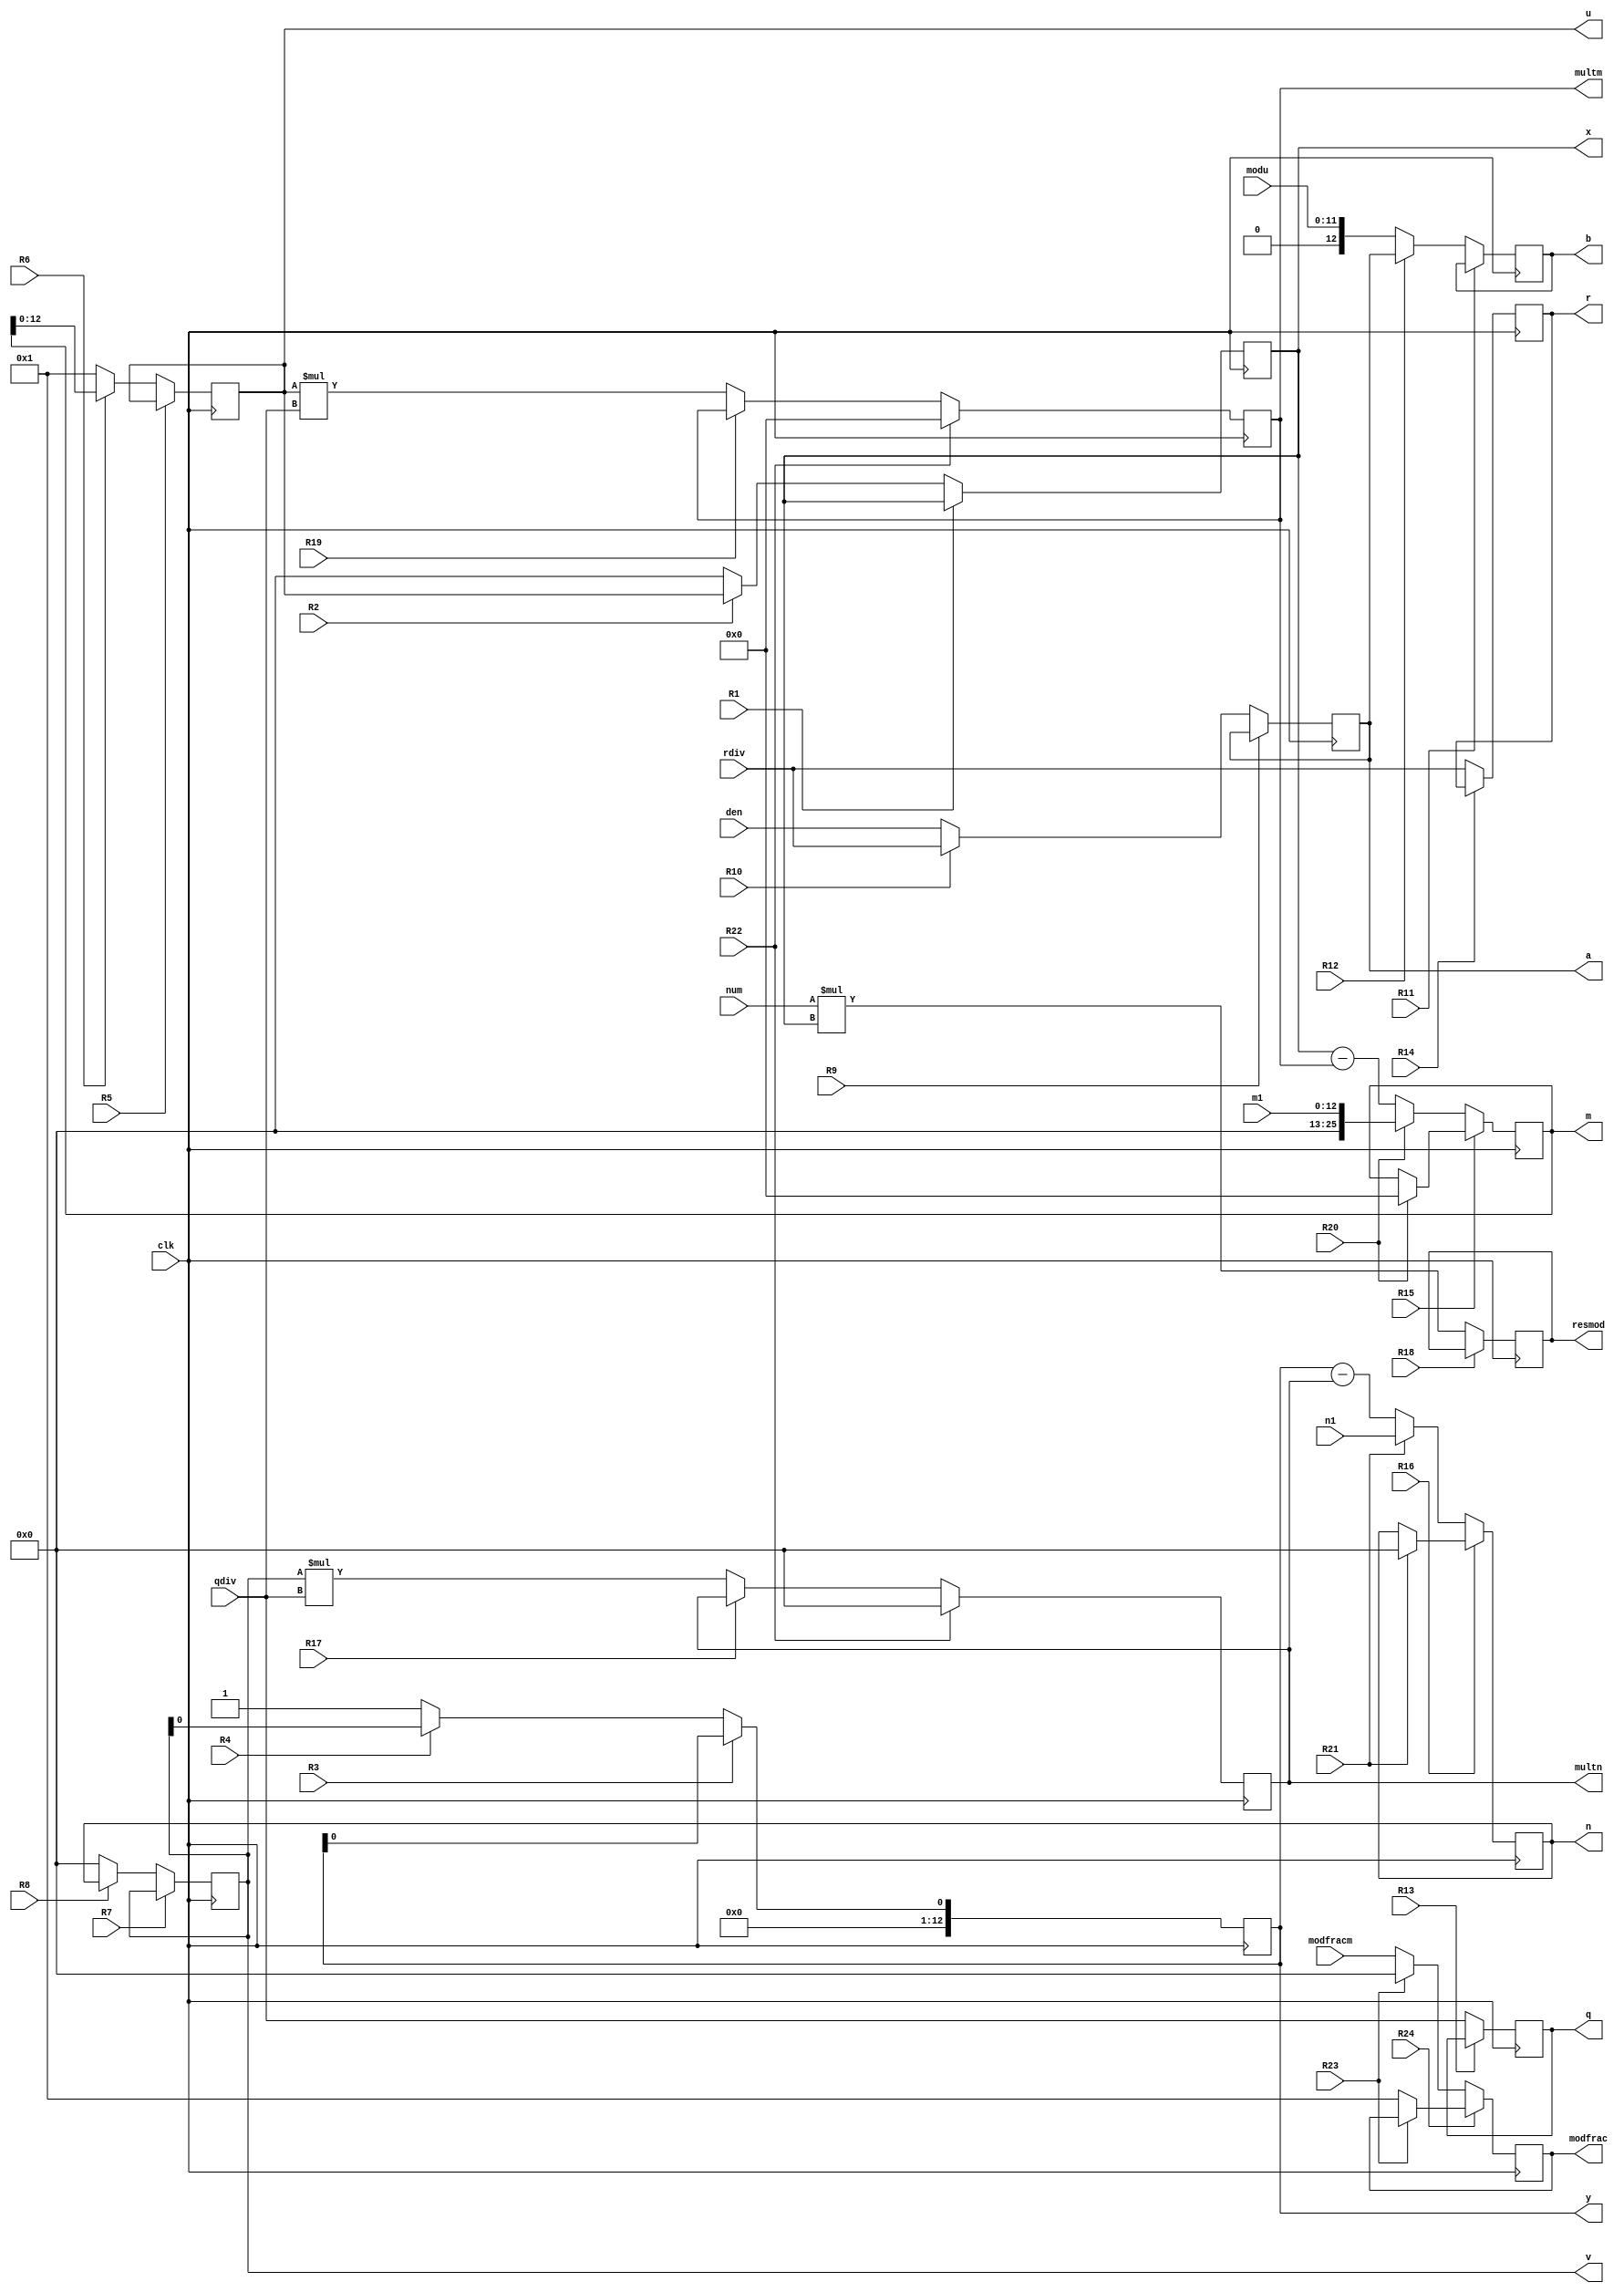
module Fracmod_DP(
    input clk,
    input [12:0] qdiv,
    input [12:0] rdiv,
    input [11:0] modu,
    input [12:0] num,
    input [12:0] den,
    input [12:0]modfracm,
    input [12:0] m1, n1,
    output reg [12:0]a,
    output reg [12:0]b,
    output reg [12:0]x,
    output reg [12:0]y,
    output reg [12:0]u,
    output reg [12:0]v,
    output reg [25:0]m,multm, 
    output reg [12:0]modfrac,
    output reg [12:0]n, multn,
    output reg [25:0]resmod,
    output reg [12:0]q,
    output reg [12:0]r,
    input R1, R2,R3, R4, R5, R6,R7, R8,R9, R10,R11, R12,R13, R14, R15, R16,R17, R18,R19, R20, R21,R22, R23, R24   
    );
    
    wire [12:0] nextv,nety;
    wire [12:0] nextu,nextx;
    wire [25:0] nextm, nextmultm;
    wire [12:0] nextn, nextmultn, nextmodfrac;
    wire [12:0] nextq, nextr;
    wire [12:0] nexta, nextb;
    wire [25:0] nextresmod;
    
    // Registro M
    always @(posedge clk)
        v <= nextv;
    // Parte combinacional de M
    assign nextv = R7 ? (R8? (v):(v)) : (R8? (n)  : (0));
    
    always @(posedge clk)
        multn <= nextmultn;
    // Parte combinacional de M
    assign nextmultn = R22 ? 0:R17 ? multn:(v*qdiv);
    
    always @(posedge clk)
        multm <= nextmultm;
    // Parte combinacional de M
    assign nextmultm = R22 ? 0: R19 ? (multm)  : (u*qdiv);
    
    always @(posedge clk)
        modfrac <= nextmodfrac;
    // Parte combinacional de M
    assign nextmodfrac = R24 ? R23 ? modfrac:13'd1:R23 ?  0:modfracm;
    
    always @(posedge clk)
        x <= nextx;
    // Parte combinacional de M
    assign nextx = R1 ? (R2 ? (x):(x)):(R2? (u):(0));
    
    always @(posedge clk)
        y <= nexty;
    // Parte combinacional de M
    assign nexty = R3 ? R4? (y) : (y) : R4? (v)  : (1);
    
    always @(posedge clk)
        n <= nextn;
    // Parte combinacional de M
    assign nextn = R16 ? R21? (0): (n) : R21? (n1)  : (y-(multn));
    
    always @(posedge clk)
        u <= nextu;
    // Parte combinacional de M
    assign nextu = R5 ? R6? (u): (u) : R6? (m)  : (1);
    
    always @(posedge clk)
        m <= nextm;
    // Parte combinacional de M
    assign nextm = R15 ? R20? (0): (m) : R20? ({13'd0,m1}) : (x-(multm));
    // Registro A
    
    always @(posedge clk)
        q <= nextq;
    // Parte combinacional de M
    assign nextq = R13 ?(q): (qdiv);
    
    always @(posedge clk)
        r <= nextr;
    // Parte combinacional de M
    assign nextr = R14 ?(r): (rdiv) ;
    
    always @(posedge clk)
        a <= nexta;
    // Parte combinacional de M
    assign nexta = R9 ? (R10 ? a: a) : (R10 ? rdiv: den);
    
    always @(posedge clk)
        b <= nextb;
    // Parte combinacional de M
    assign nextb = R11 ? R12 ? b: b  : R12 ? a: modu;
    
    // Registro RP
    always @(posedge clk)
        resmod <= nextresmod;
    // Parte combinacional de RP
    assign nextresmod = R18 ? resmod: num*x;

endmodule